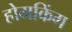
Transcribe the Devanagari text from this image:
होमकिंग